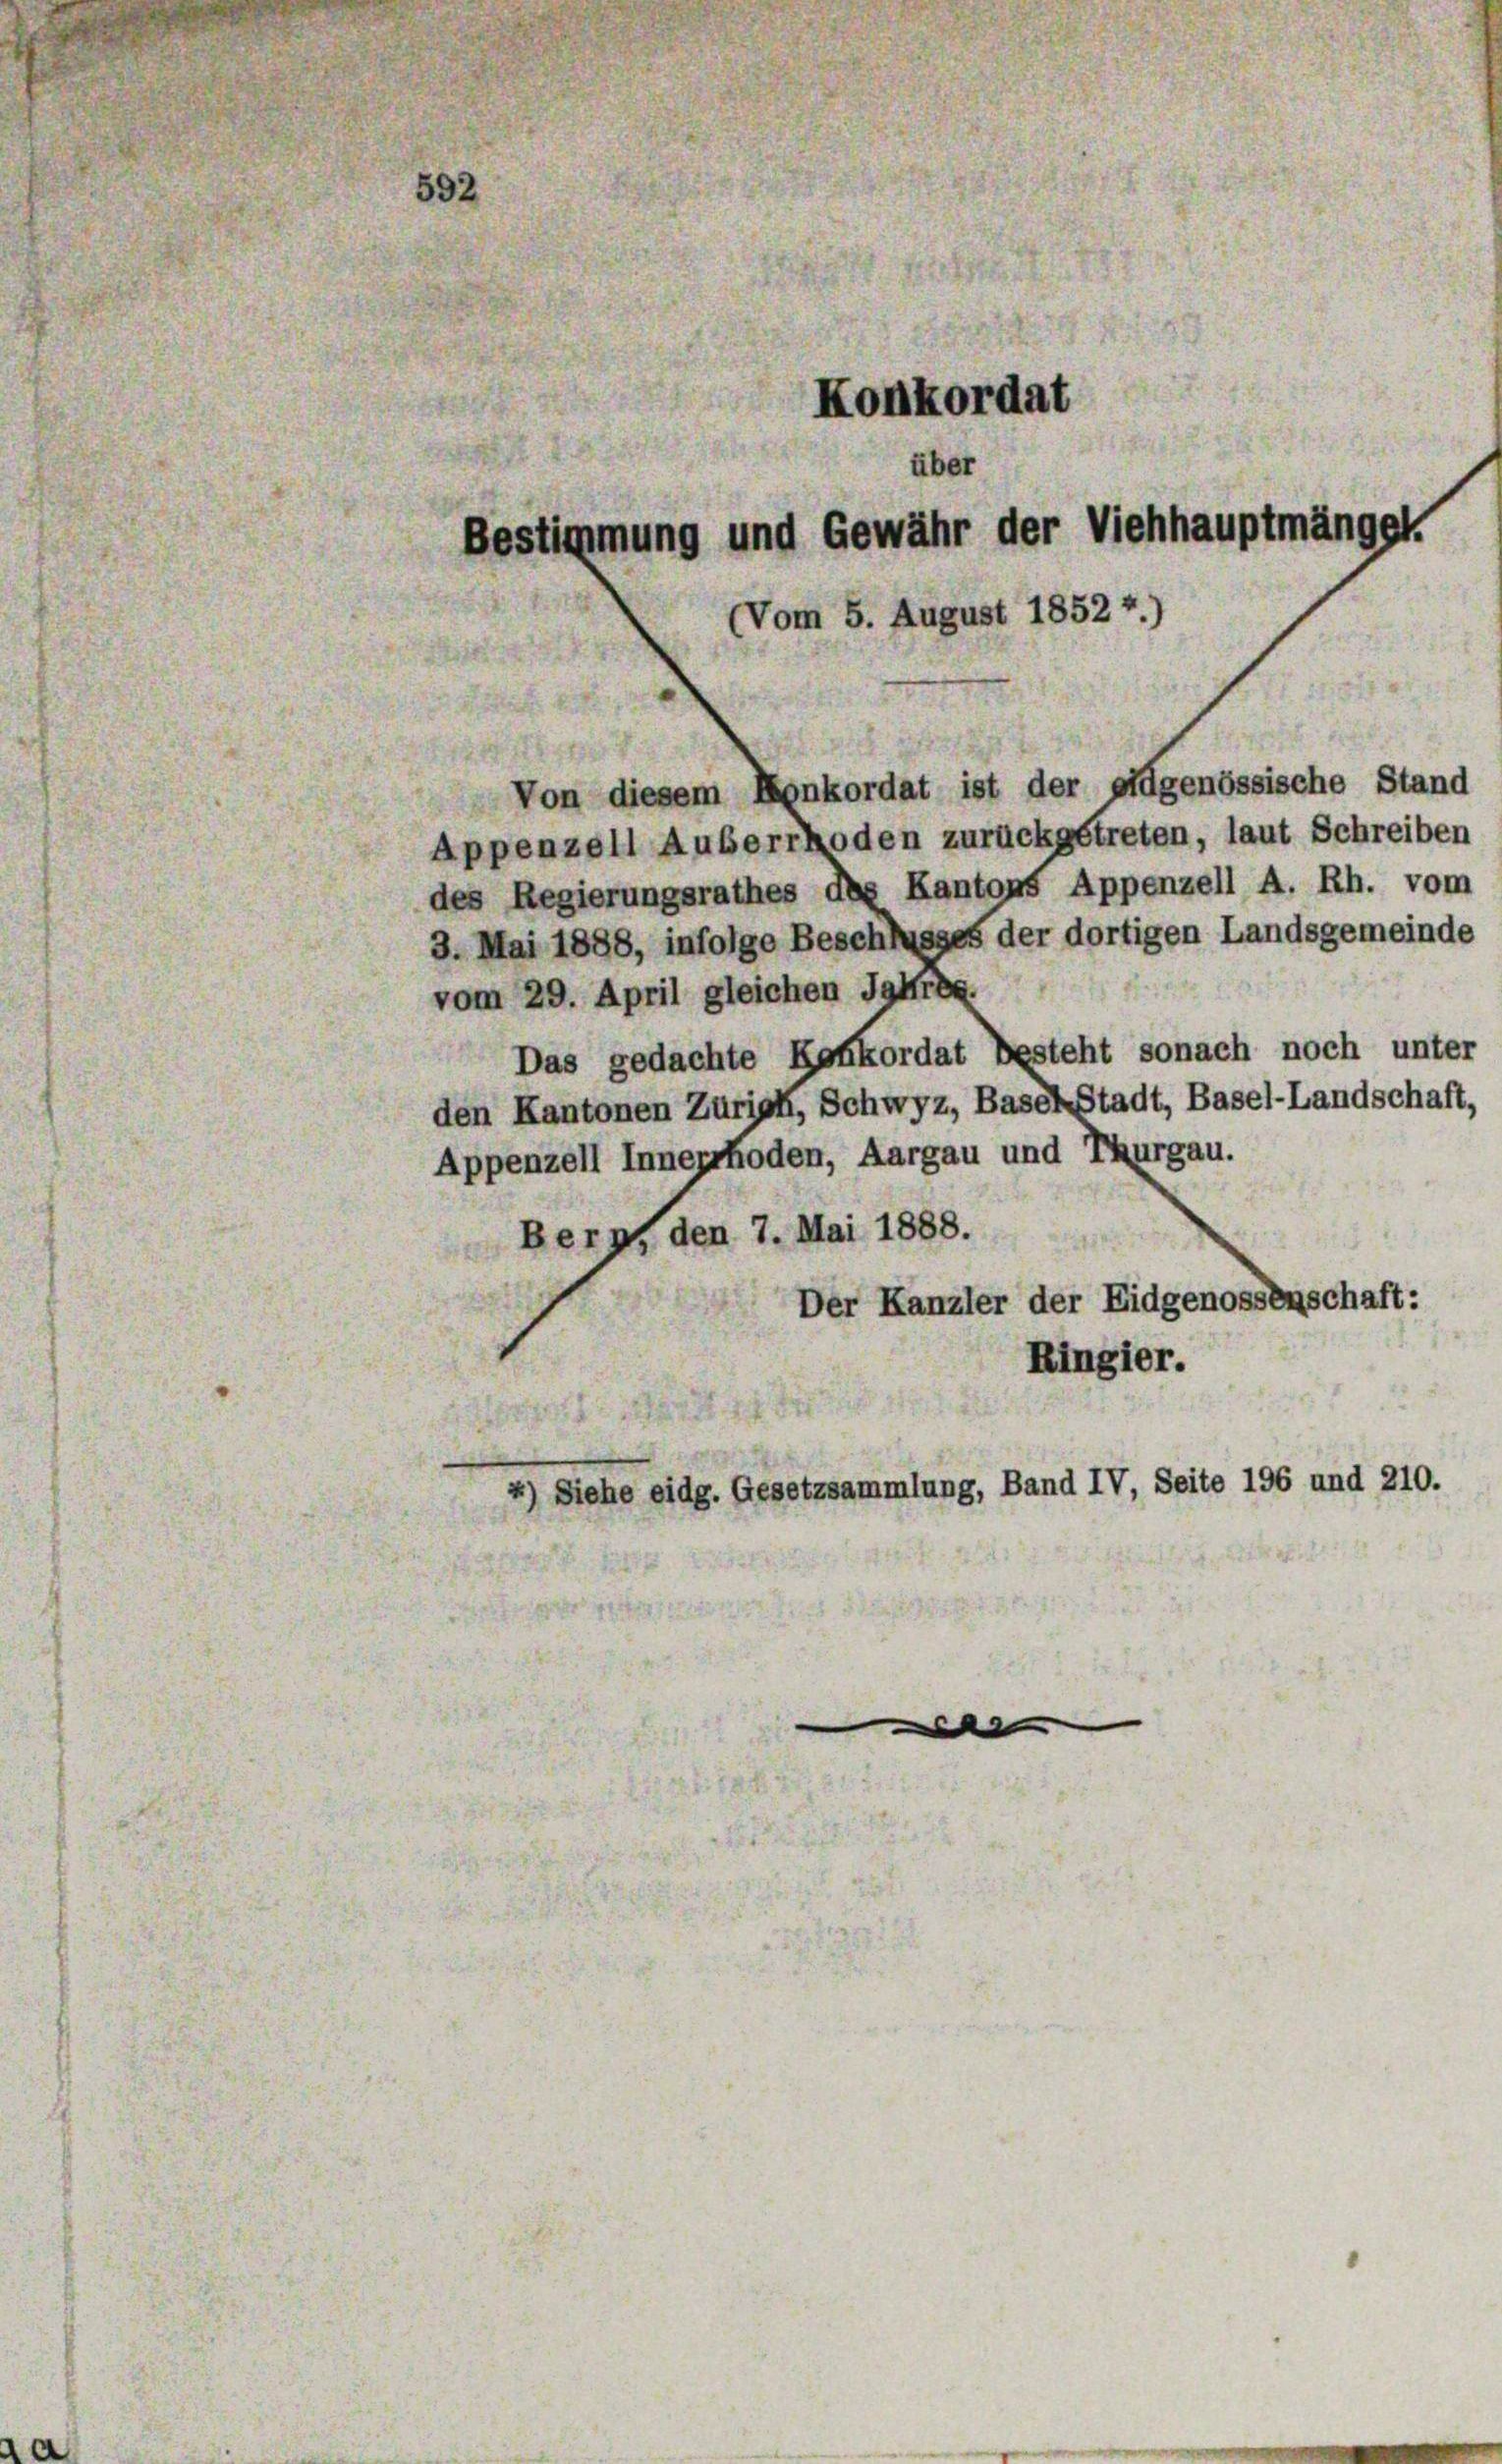
Konkordat
über
Bestimmung und Gewähr der Viehhauptmängel.
(Vom 5. August 1852 f.)

Von diesem Konkordat ist der eidgenössische Stand
Appenzell Appenzell zurückgetreten, laut Schreiben
des Regierungsrathes des Kantons Appenzell A. Rh. vom
3. Mai 1888, infolge Beschlusses der dortigen Landsgemeinde
vom 29. April gleichen Jahres.
Das gedachte Konkordat besteht sonach noch unter
den Kantonen Zürich, Schwyz, Basel-Stadt, Basel-Landschaft,
Appenzell Innerrhoden, Aargau und Thurgau.
Berp, den 7. Mai 1888.
Der Kanzler der Eidgenossenschaft:
Ringier.
4) Siehe eidg. Gesetzsammlung, Band IV, Seite 196 und 210.